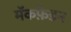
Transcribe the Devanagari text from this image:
मॅकफ़ेडन